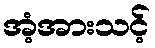
အံ့အားသင့်